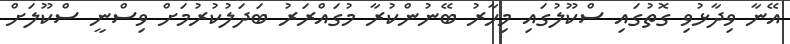
އޭނާ ވިދާޅުވި ގޮތުގައި ސްކޫލުގައި މިހާރު ބޭނުންކުރާ މުގައްރަރު ބަދަލުކުރުމަށް ވިސްނީ ސްކޫލަށް